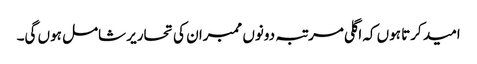
امید کرتا ہوں کہ اگلی مرتبہ دونوں ممبران کی تحاریر شامل ہوں گی۔